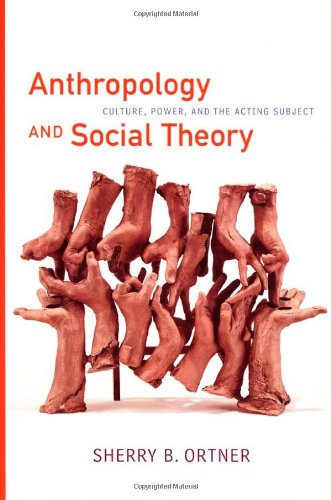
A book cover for Anthropology and Social Theory: Culture, Power, and the Acting Subject (a John Hope Franklin Center Book); Sherry  B. Ortner; Gay & Lesbian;